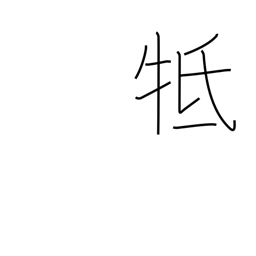
Meaning: touch